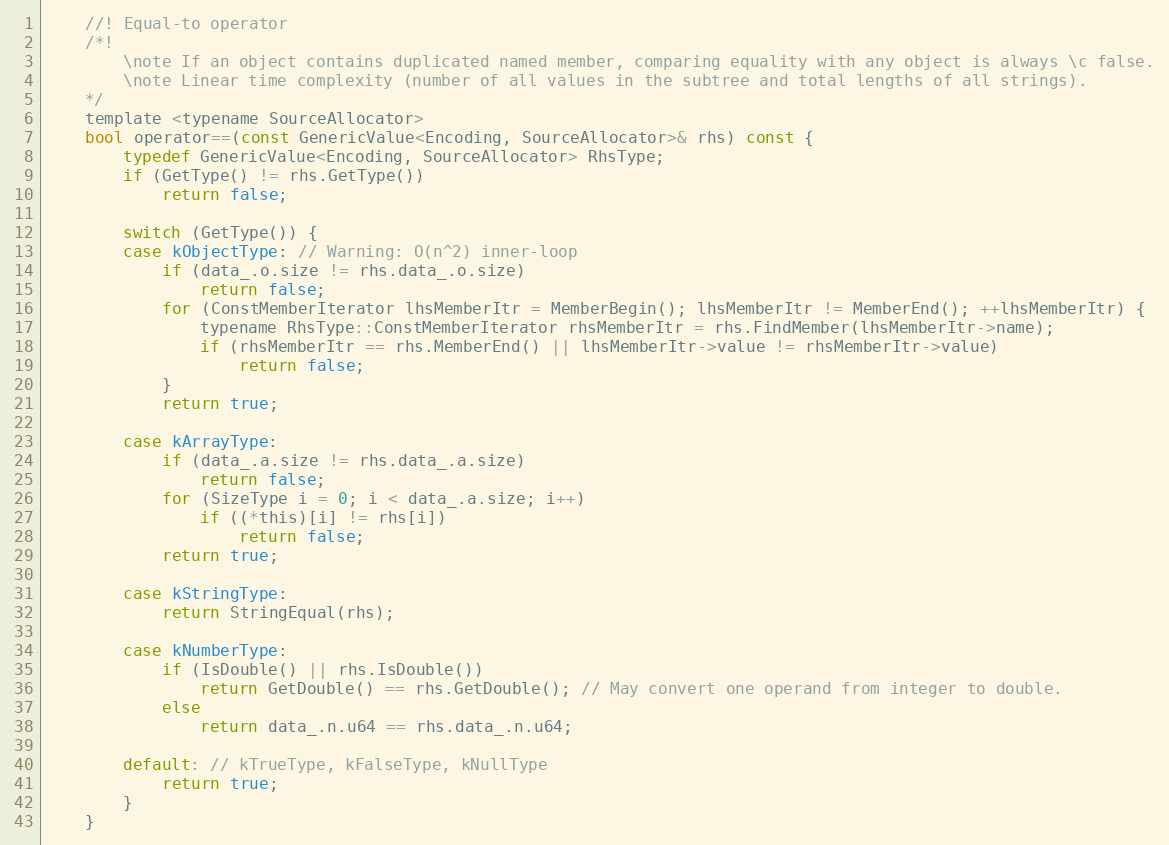
Language: C
    //! Equal-to operator
    /*!
        \note If an object contains duplicated named member, comparing equality with any object is always \c false.
        \note Linear time complexity (number of all values in the subtree and total lengths of all strings).
    */
    template <typename SourceAllocator>
    bool operator==(const GenericValue<Encoding, SourceAllocator>& rhs) const {
        typedef GenericValue<Encoding, SourceAllocator> RhsType;
        if (GetType() != rhs.GetType())
            return false;

        switch (GetType()) {
        case kObjectType: // Warning: O(n^2) inner-loop
            if (data_.o.size != rhs.data_.o.size)
                return false;
            for (ConstMemberIterator lhsMemberItr = MemberBegin(); lhsMemberItr != MemberEnd(); ++lhsMemberItr) {
                typename RhsType::ConstMemberIterator rhsMemberItr = rhs.FindMember(lhsMemberItr->name);
                if (rhsMemberItr == rhs.MemberEnd() || lhsMemberItr->value != rhsMemberItr->value)
                    return false;
            }
            return true;

        case kArrayType:
            if (data_.a.size != rhs.data_.a.size)
                return false;
            for (SizeType i = 0; i < data_.a.size; i++)
                if ((*this)[i] != rhs[i])
                    return false;
            return true;

        case kStringType:
            return StringEqual(rhs);

        case kNumberType:
            if (IsDouble() || rhs.IsDouble())
                return GetDouble() == rhs.GetDouble(); // May convert one operand from integer to double.
            else
                return data_.n.u64 == rhs.data_.n.u64;

        default: // kTrueType, kFalseType, kNullType
            return true;
        }
    }